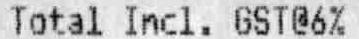
TOTAL INCL. GST@6%